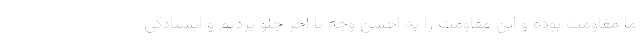
ما مقاومت بوده و این مقاومت را به احسن وجه تا آخر جلو بردیم و ایستادگی